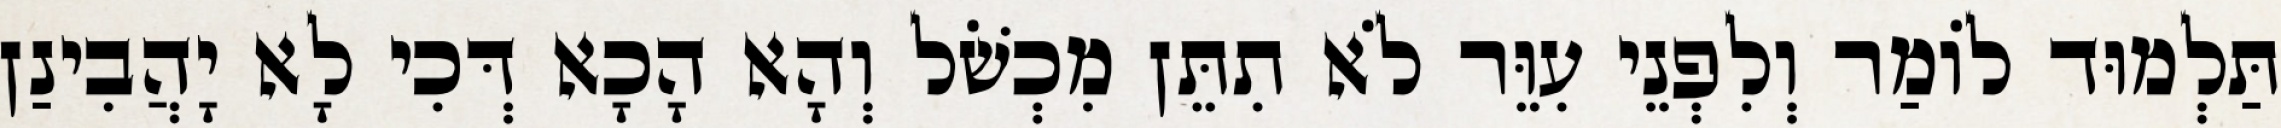
תַּלְמוּד לוֹמַר וְלִפְנֵי עִוֵּר לֹא תִתֵּן מִכְשֹׁל וְהָא הָכָא דְּכִי לָא יָהֲבִינַן